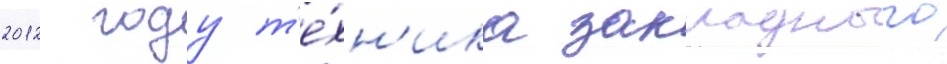
2012 году т'е́хн'ика закладного